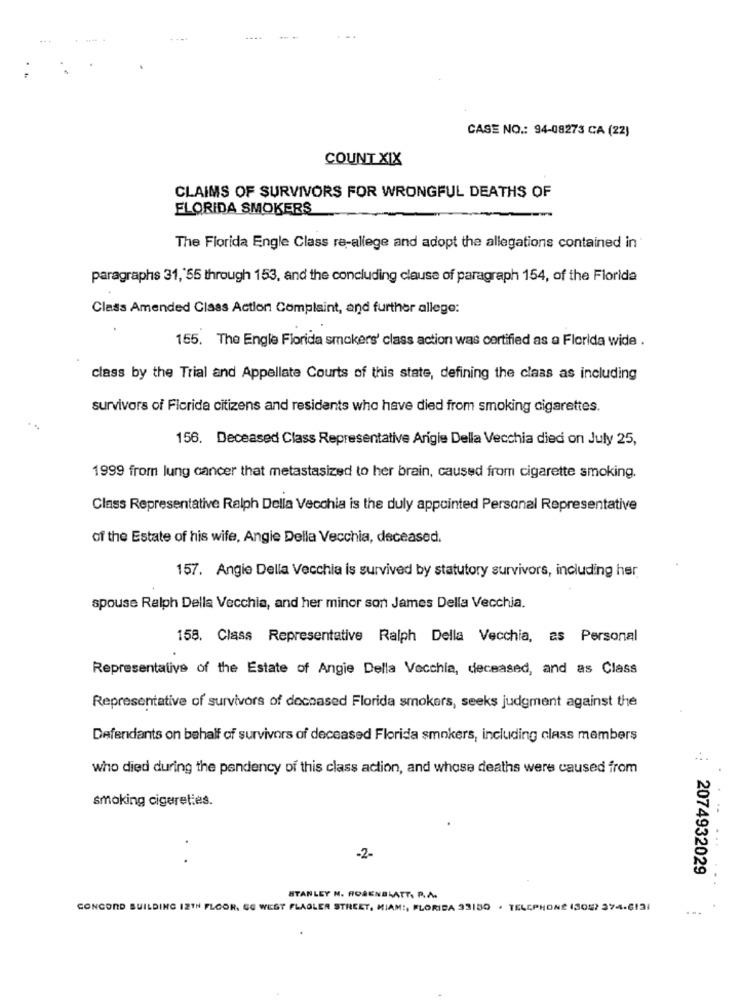
CASE NO .: 94-08273 CA (22)
COUNT XIX
CLAIMS OF SURVIVORS FOR WRONGFUL DEATHS OF
FLORIDA SMOKERS
The Florida Engle Class re-allege and adopt the allegations contained in
paragraphs 31, 55 through 153, and the concluding clause of paragraph 154, of the Florida
Class Amended Class Action Complaint, and further allego:
155. The Engle Florida smokers' class action was certified as a Florida wide .
class by the Trial and Appellate Courts of this state, defining the class as including
survivors of Florida citizens and residents who have died from smoking cigarettes.
156. Deceased Class Representative Arigie Della Vecchia died on July 25,
1999 from lung cancer that metastasized to her brain, caused from cigarette smoking.
Class Representative Ralph Della Vecchia is the duly appointed Personal Representative
of the Estate of his wife, Angie Della Vecchia, deceased.
157. Angie Della Vecchia is survived by statutory survivors, including her
spouse Ralph Della Vecchia, and her minor son James Della Vecchia.
158. Class Representative Ralph Della Vecchia, as Personal
Representative of the Estate of Angie Della Vecchia, deceased, and as Class
Representative of survivors of deceased Florida smokers, seeks judgment against the
Defendants on behalf of survivors of deceased Florida smokers, including class members
who died during the pendency of this class action, and whose deaths were caused from
smoking cigaret;es.
. .
-2-
2074932029
STANLEY N. ROSENBLATT, P.A.
CONCORD BUILDING 12TH FLOOR. EG WEST FLAGLER STREET, MIAMI, FLORIDA 33150 . TELEPHONE (305) 374-6131
...